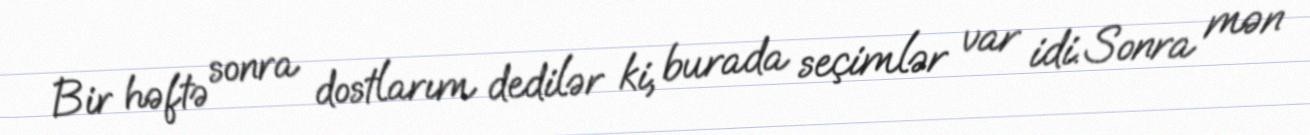
Bir həftə sonra dostlarım dedilər ki, burada seçimlər var idi. Sonra mən